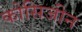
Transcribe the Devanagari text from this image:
कोसिजीन